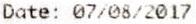
DATE: 07/08/2017